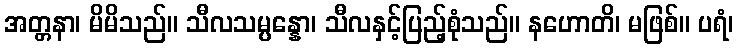
အတ္တနာ၊ မိမိသည်။ သီလသမ္ပန္နော၊ သီလနှင့်ပြည့်စုံသည်။ နဟောတိ၊ မဖြစ်။ ပရံ၊